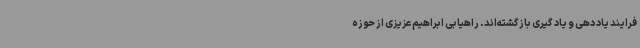
فرایند یاد دهی و یاد گیری بازگشته‌اند. راهیابی ابراهیم عزیزی از حوزه